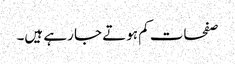
صفحات کم ہوتے جا رہے ہیں۔